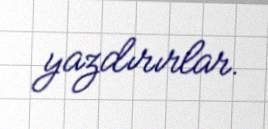
yazdırırlar.